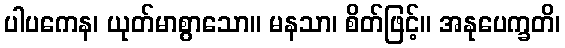
ပါပကေန၊ ယုတ်မာစွာသော။ မနသာ၊ စိတ်ဖြင့်။ အနုပေက္ခတိ၊